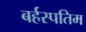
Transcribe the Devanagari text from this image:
बर्हस्पतिम